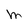
Character: M